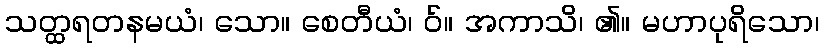
သတ္ထရတနမယံ၊ သော။ စေတီယံ၊ ဝ်။ အကာသိ၊ ၏။ မဟာပုရိသော၊